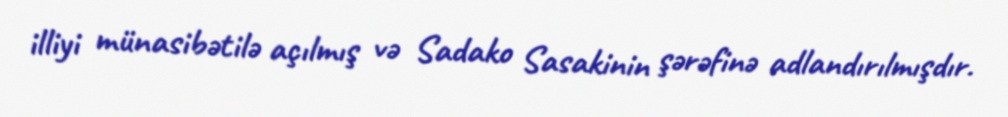
illiyi münasibətilə açılmış və Sadako Sasakinin şərəfinə adlandırılmışdır.